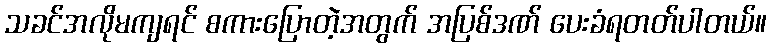
သခင်အလိုမကျရင် စကားပြောတဲ့အတွက် အပြစ်ဒဏ် ပေးခံရတတ်ပါတယ်။